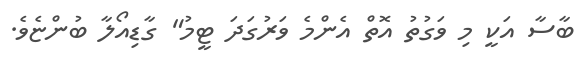
ބާސާ އަކީ މި ވަގުތު އޮތް އެންމެ ވަރުގަދަ ޓީމު" ގާޑިއޯލާ ބުންޏެވެ.